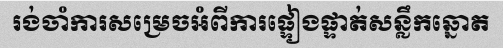
រង់ចាំការសម្រេចអំពីការផ្ទៀងផ្ទាត់សន្លឹកឆ្នោត